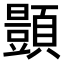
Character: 𫖥